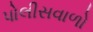
પોલીસવાળો